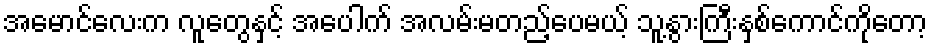
အမောင်လေးက လူတွေနှင့် အပေါက် အလမ်းမတည့်ပေမယ့် သူ့နွားကြီးနှစ်ကောင်ကိုတော့